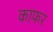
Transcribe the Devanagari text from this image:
काफर